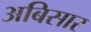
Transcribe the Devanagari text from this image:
अबिसार